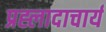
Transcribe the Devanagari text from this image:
प्रह्लादाचार्य